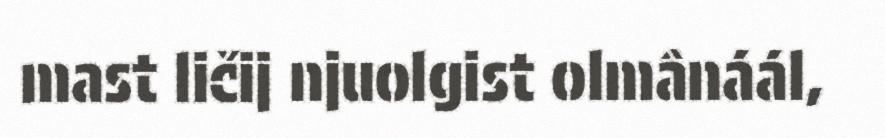
mast ličij njuolgist olmânáál,